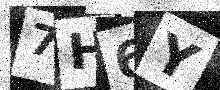
Text: 7H6Y